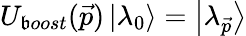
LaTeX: U_{\mathfrak{b}oost}(\vec{{p}})\left|\lambda_{0}\right>=\left|\lambda_{\vec{{p}}}\right>